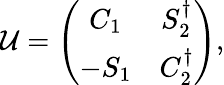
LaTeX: \mathcal{U}=\left(\begin{array}{cc}{{C_{1}}}&{{S_{2}^{\dagger}}}\\ {{-S_{1}}}&{{C_{2}^{\dagger}}}\end{array}\right),